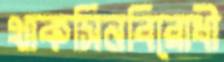
থাকসিনবিরোধী